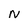
Character: N